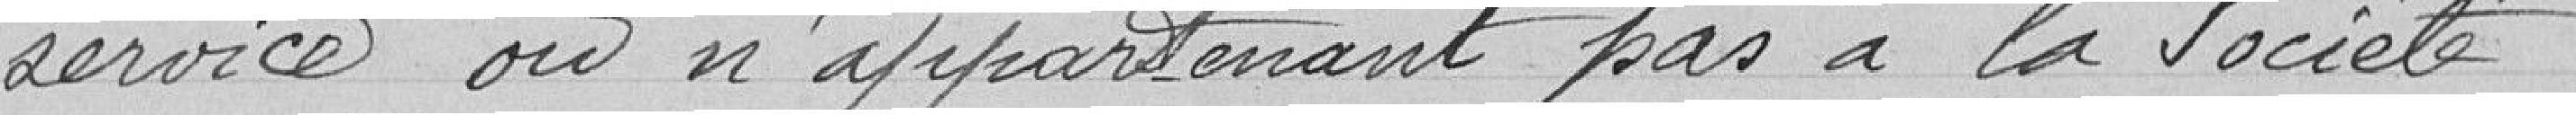
service ou n'appartenant pas à la Société.